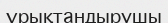
ұрықтандырушы